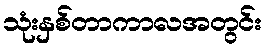
သုံးနှစ်တာကာလအတွင်း